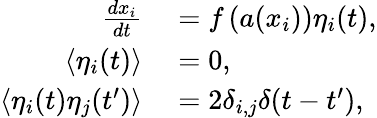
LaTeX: \begin{array}{rl}{\frac{dx_{i}}{dt}}&{{}=f\left(a(x_{i})\right)\eta_{i}(t),}\\ {\langle\eta_{i}(t)\rangle}&{{}=0,}\\ {\langle\eta_{i}(t)\eta_{j}(t^{\prime})\rangle}&{{}=2\delta_{i,j}\delta(t-t^{\prime}),}\end{array}